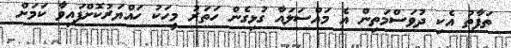
ތަފާތު އެކި ދުވަސްމަތިން އެ މައްސަލައާ ގުޅިގެން ހަތަރު މީހަކު ހައްޔަރުކޮށްފައިވާ ކަމަށް